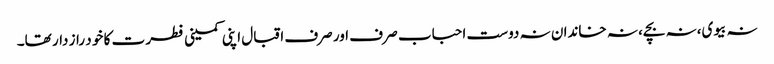
نہ بیوی،نہ بچے، نہ خاندان نہ دوست احباب صر ف اور صرف اقبال اپنی کمینی فطر ت کا خو د راز دار تھا۔